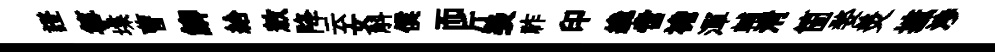
證箏堞曹鯽給敖降云女斛僕而斤羡祚印纔啻襜渾輔淸箇婺羙摭渉